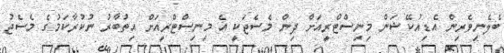
ބެލެނިވެރިން އެޑިއުކޭޝަން މިނިސްޓްރީއަށް ދިން މެސެޖަކީ އެ މިނިސްޓްރީއަށް އިތުބާރު ނުކުރާކަމުގެ މެސެޖު